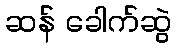
ဆန် ခေါက်ဆွဲ